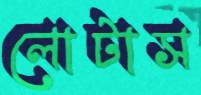
লোটাস